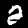
Label: 2